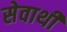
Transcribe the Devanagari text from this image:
सेवाथीं